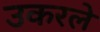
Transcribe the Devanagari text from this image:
उकरले